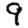
Digit: 9